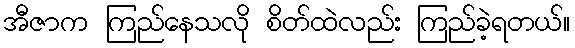
အီဇာက ကြည်နေသလို စိတ်ထဲလည်း ကြည်ခဲ့ရတယ်။